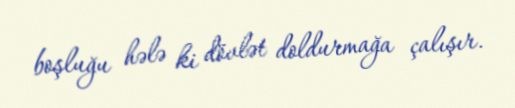
boşluğu hələ ki dövlət doldurmağa çalışır.